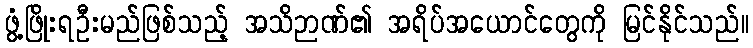
ဖွံ့ဖြိုးရဦးမည်ဖြစ်သည့် အသိဉာဏ်၏ အရိပ်အယောင်တွေကို မြင်နိုင်သည်။